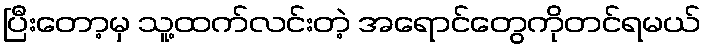
ပြီးတော့မှ သူ့ထက်လင်းတဲ့ အရောင်တွေကိုတင်ရမယ်